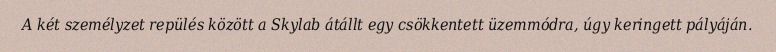
A két személyzet repülés között a Skylab átállt egy csökkentett üzemmódra, úgy keringett pályáján.